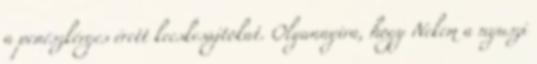
a penészkérges érett kecskesajtokat. Olyannyira, hogy Nekem a nyuszi